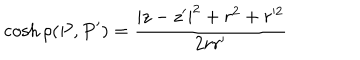
\cosh \rho ( P , P ^ { \prime } ) = \frac { | z - z ^ { \prime } | ^ { 2 } + r ^ { 2 } + r ^ { 2 } } { 2 r r ^ { \prime } }